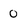
Character: 0